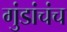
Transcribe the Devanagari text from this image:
गुंडांचंच